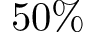
5 0 \%